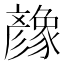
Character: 𢒶